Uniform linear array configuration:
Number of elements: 48
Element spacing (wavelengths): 0.75
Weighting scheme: uniform
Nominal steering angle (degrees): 15
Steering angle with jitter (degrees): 15.049
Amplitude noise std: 0.05
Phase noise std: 0.05

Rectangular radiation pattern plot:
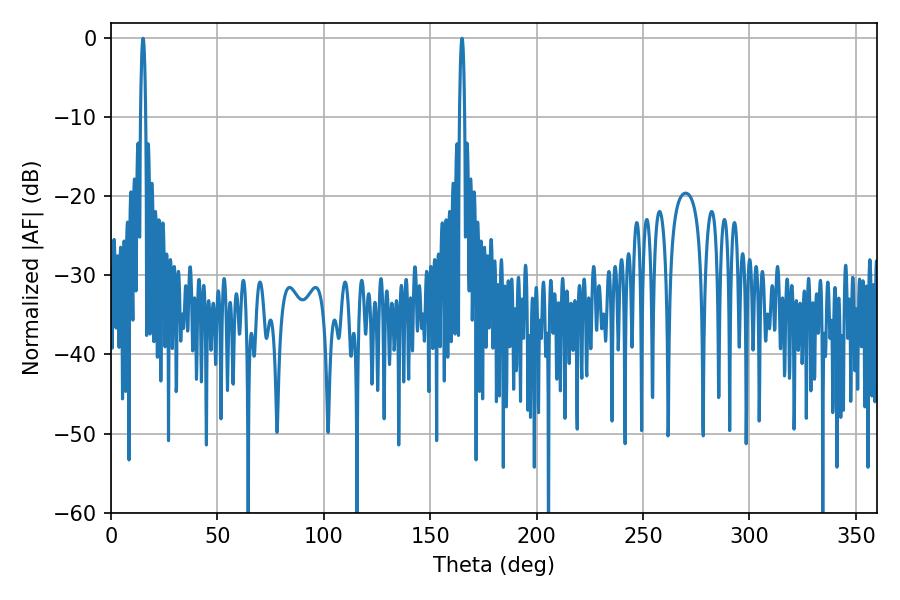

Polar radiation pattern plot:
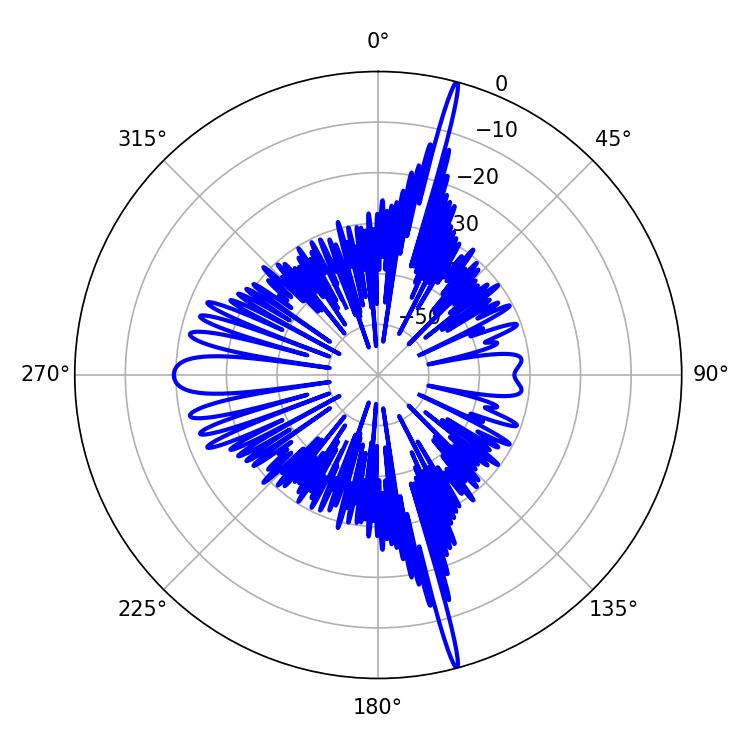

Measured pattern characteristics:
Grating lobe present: TRUE
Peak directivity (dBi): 22.365
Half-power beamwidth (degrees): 1.26
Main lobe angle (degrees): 15.12